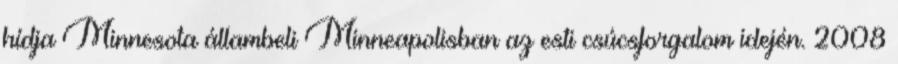
hídja Minnesota állambeli Minneapolisban az esti csúcsforgalom idején. 2008